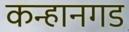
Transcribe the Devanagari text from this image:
कन्हानगड